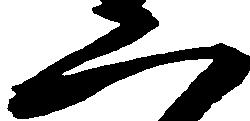
二